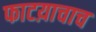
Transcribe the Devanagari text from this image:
फाटय़ाचाच